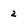
Character: 2